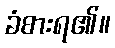
ခံစားရ၏။